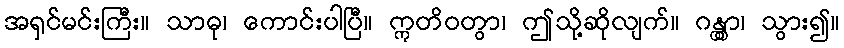
အရှင်မင်းကြီး။ သာဓု၊ ကောင်းပါပြီ။ ဣတိဝတွာ၊ ဤသို့ဆိုလျက်။ ဂန္တွာ၊ သွား၍။